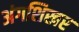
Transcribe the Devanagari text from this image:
अंगशिखर